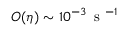
O ( \eta ) \sim 1 0 ^ { - 3 } \, \mathrm { ~ s ~ } ^ { - 1 }